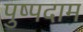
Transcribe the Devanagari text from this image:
पुष्पदाम